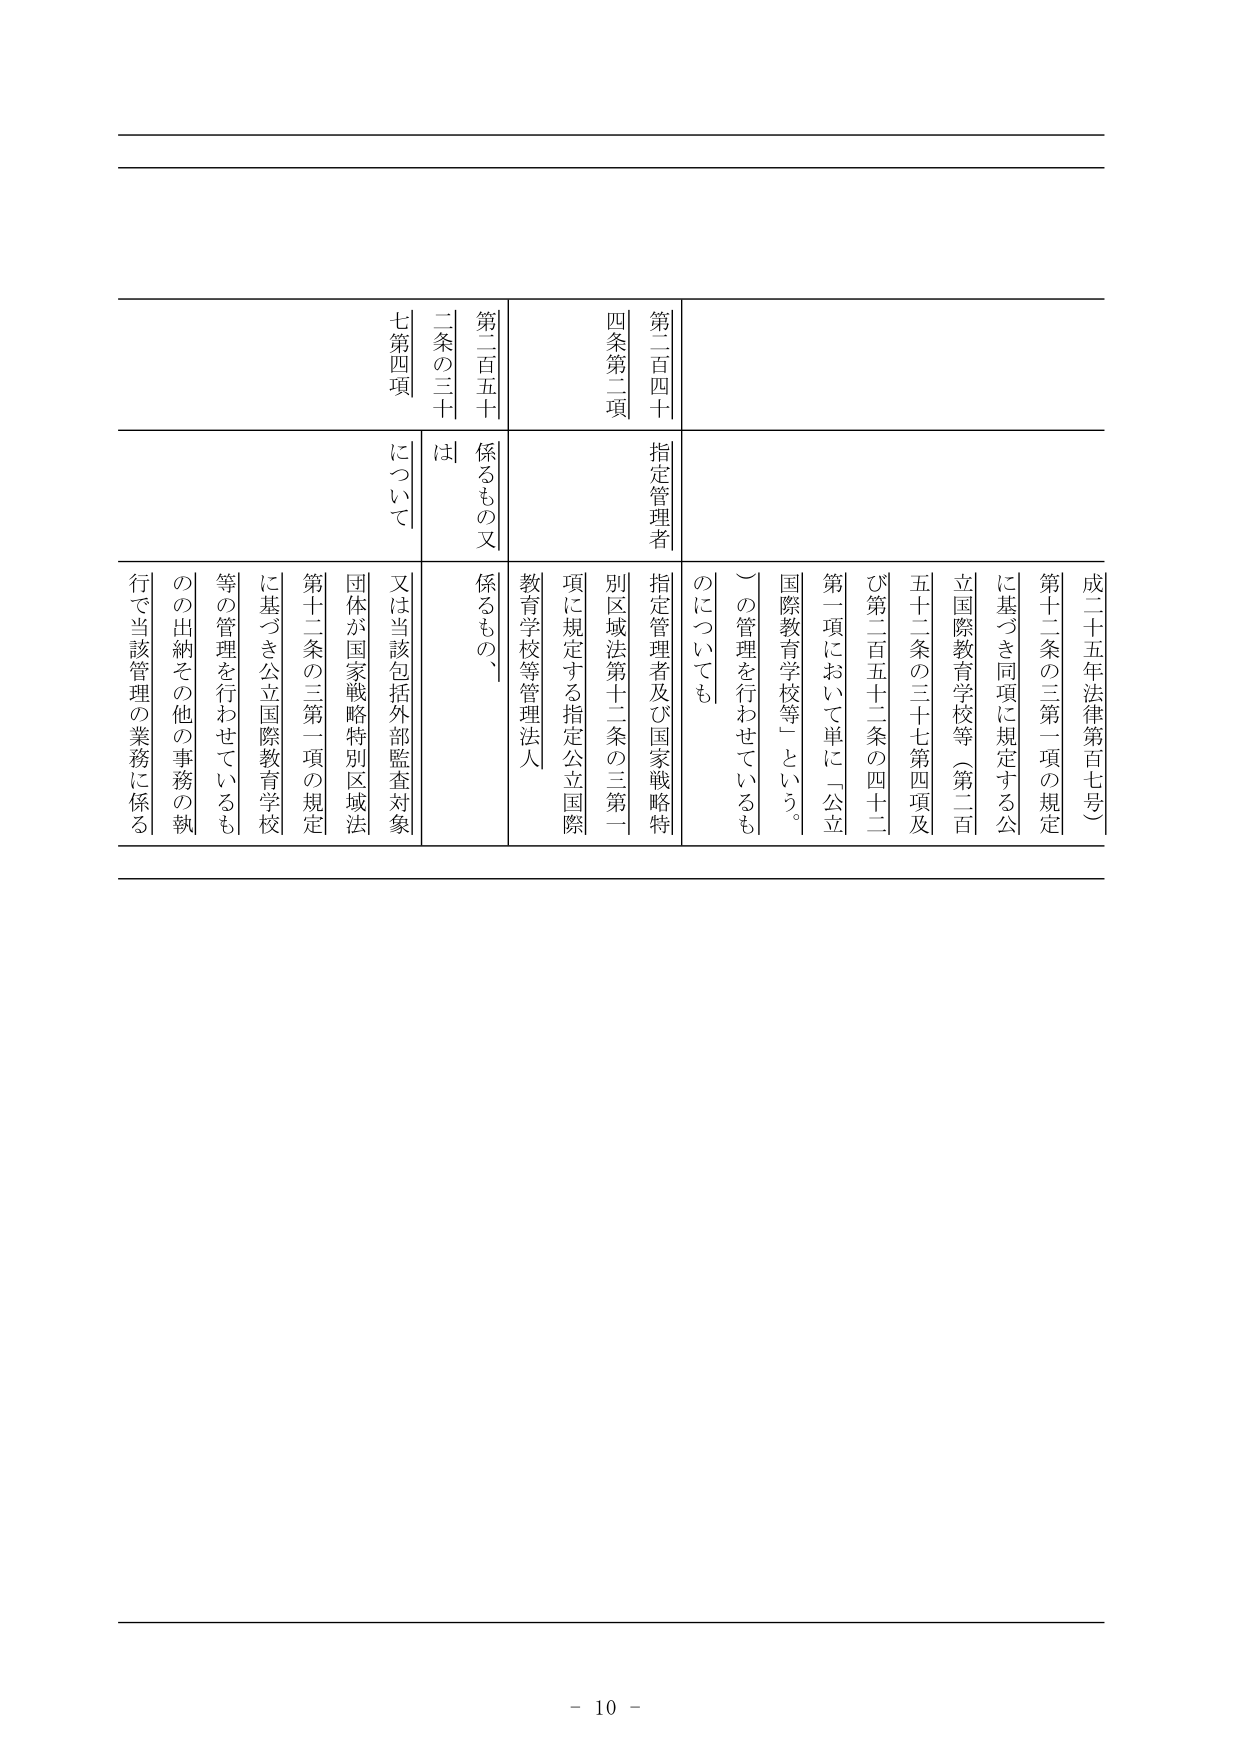
成二十五年法律第百七号）
第十二条の三第一項の規定
に基づき同項に規定する公
立国際教育学校等（第二百
五十二条の三十七第四項及
び第二百五十二条の四十二
第一項において単に「公立
国際教育学校等」という。
）の管理を行わせているも
のについても
指定管理者
第二百四十
四条第二項
指定管理者及び国家戦略特
別区域法第十二条の三第一
項に規定する指定公立国際
教育学校等管理法人
係るもの又
第二百五十
二条の三十
七第四項
は
係るもの、
又は当該包括外部監査対象
団体が国家戦略特別区域法
第十二条の三第一項の規定
に基づき公立国際教育学校
等の管理を行わせているも
のの出納その他の事務の執
行で当該管理の業務に係る

- 10 -